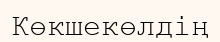
Көкшекөлдің